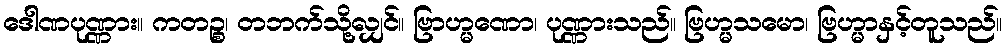
ဒေါဏပုဏ္ဏား။ ကတဉ္စ၊ တဘက်သို့လျှင်။ ဗြာဟ္မဏော၊ ပုဏ္ဏားသည်။ ဗြဟ္မသမော၊ ဗြဟ္မာနှင့်တူသည်။